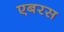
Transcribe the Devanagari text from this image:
एबरस